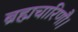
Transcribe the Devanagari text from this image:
ब्रह्मचारिणौ।